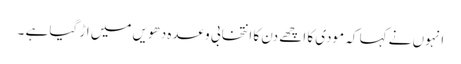
انہوں نے کہا کہ مودی کا اچھے دن کا انتخابی وعدہ دھویں میں اڑ گیا ہے ۔